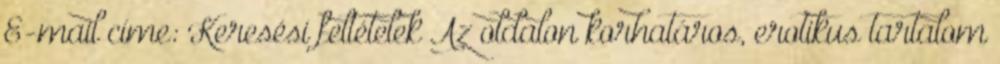
E-mail címe: Keresési feltételek Az oldalon korhatáros, erotikus tartalom